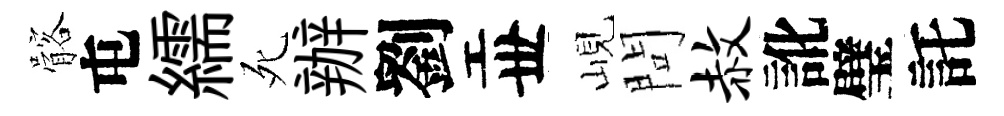
髂屯繻死辦劉丗峴問赦訛璧託